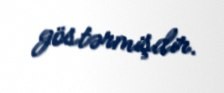
göstərmişdir.